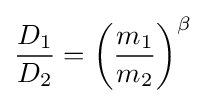
{\frac {D_{1}}{D_{2}}}=\left({\frac {m_{1}}{m_{2}}}\right)^{\beta }